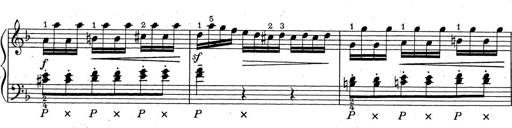
Title: ÄŒeskÃ© Sonatiny
Composer: Various